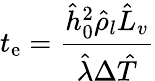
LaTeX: t_{\mathrm{e}}=\frac{{\hat{{h}}_{0}^{2}\hat{{\rho}}_{l}\hat{{L}}_{v}}}{{\hat{{\lambda}}\Delta\hat{{T}}}}